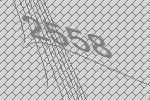
2558